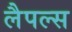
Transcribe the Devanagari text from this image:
लैपल्स